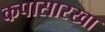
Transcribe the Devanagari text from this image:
कपासारखा